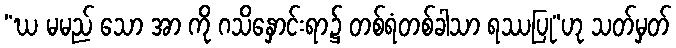
“ဃ မမည် သော အာ ကို ဂသိနှောင်းရာ၌ တစ်ရံတစ်ခါသာ ရဿပြု”ဟု သတ်မှတ်